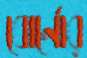
বোর্নোর